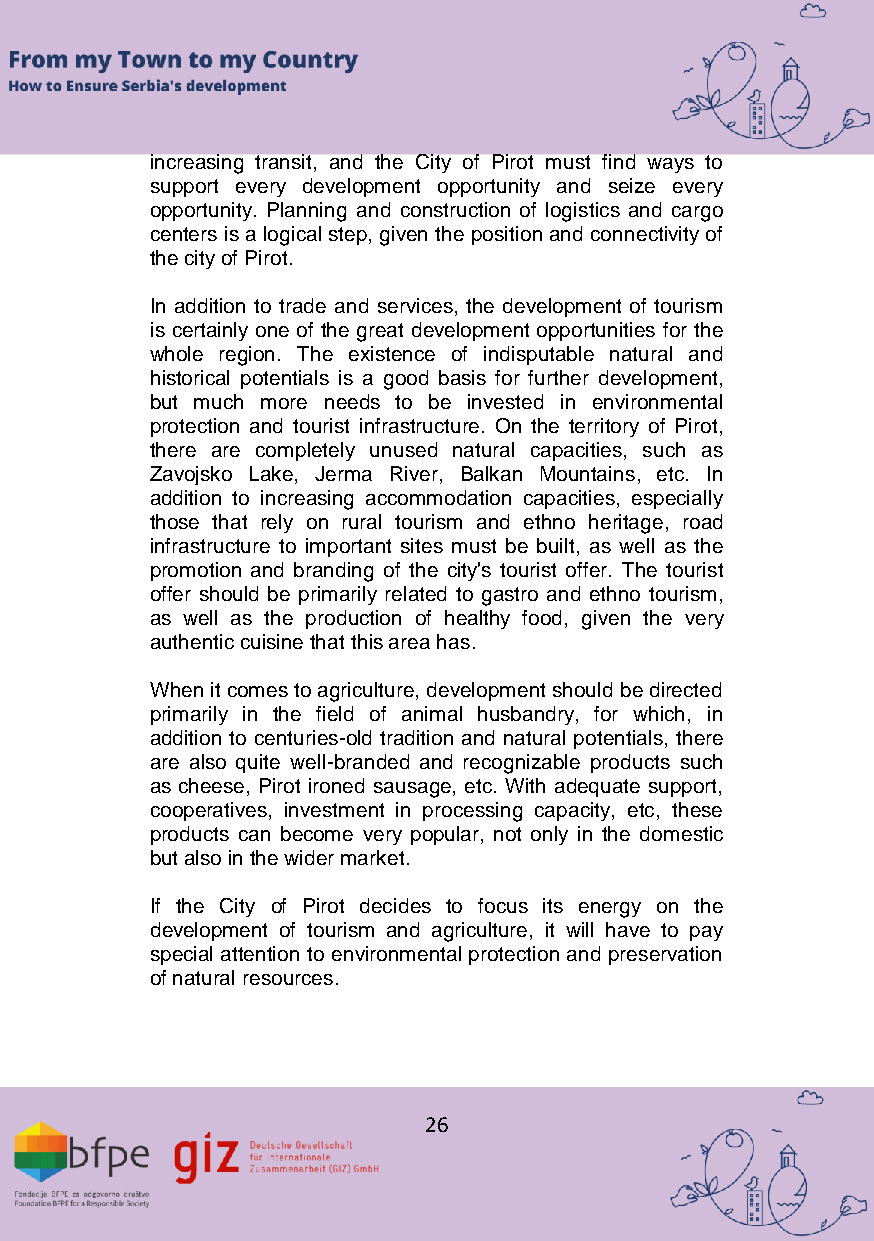
increasing transit, and the City of Pirot must find ways to
 support every development opportunity and seize every
 opportunity. Planning and construction of logistics and cargo
 centers is a logical step, given the position and connectivity of
 the city of Pirot.
 In addition to trade and services, the development of tourism
 is certainly one of the great development opportunities for the
 whole region. The existence of indisputable natural and
 historical potentials is a good basis for further development,
 but much more needs to be invested in environmental
 protection and tourist infrastructure. On the territory of Pirot,
 there are completely unused natural capacities, such as
 Zavojsko Lake, Jerma River, Balkan Mountains, etc. In
 addition to increasing accommodation capacities, especially
 those that rely on rural tourism and ethno heritage, road
 infrastructure to important sites must be built, as well as the
 promotion and branding of the city's tourist offer. The tourist
 offer should be primarily related to gastro and ethno tourism,
 as well as the production of healthy food, given the very
 authentic cuisine that this area has.
 When it comes to agriculture, development should be directed
 primarily in the field of animal husbandry, for which, in
 addition to centuries-old tradition and natural potentials, there
 are also quite well-branded and recognizable products such
 as cheese, Pirot ironed sausage, etc. With adequate support,
 cooperatives, investment in processing capacity, etc, these
 products can become very popular, not only in the domestic
 but also in the wider market.
 If the City of Pirot decides to focus its energy on the
 development of tourism and agriculture, it will have to pay
 special attention to environmental protection and preservation
 of natural resources.
 26